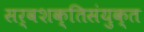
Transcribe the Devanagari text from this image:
सर्वशक्तिसंयुक्त